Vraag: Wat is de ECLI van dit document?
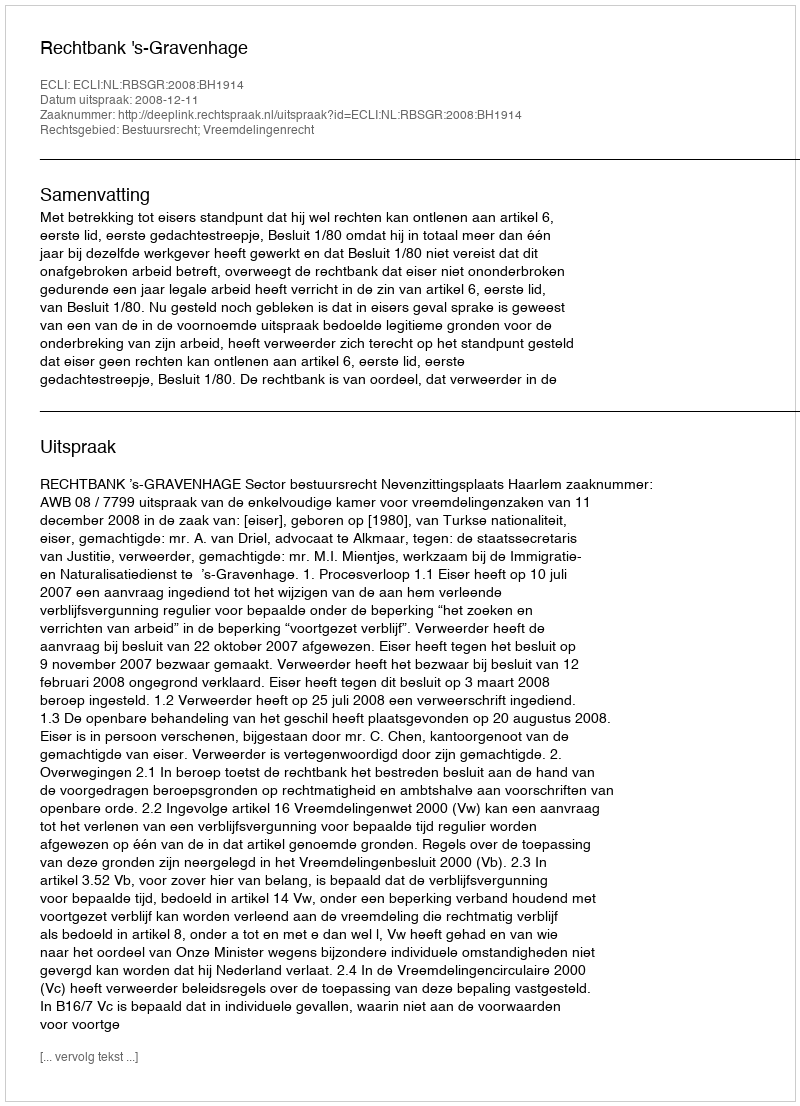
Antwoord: ECLI:NL:RBSGR:2008:BH1914